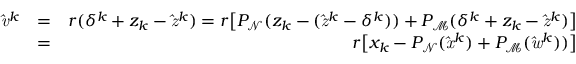
\begin{array} { r l r } { \mathit { \hat { v } } ^ { k } } & { = } & { r ( \delta ^ { k } + z _ { k } - \mathit { \hat { z } } ^ { k } ) = r \big [ P _ { \mathrm { \mathcal { N } } } ( z _ { k } - ( \mathit { \hat { z } } ^ { k } - \delta ^ { k } ) ) + P _ { \mathrm { \mathcal { M } } } ( \delta ^ { k } + z _ { k } - \mathit { \hat { z } } ^ { k } ) \big ] } \\ & { = } & { r \big [ x _ { k } - P _ { \mathrm { \mathcal { N } } } ( \mathit { \hat { x } } ^ { k } ) + P _ { \mathrm { \mathcal { M } } } ( \mathit { \hat { w } } ^ { k } ) ) \big ] } \end{array}